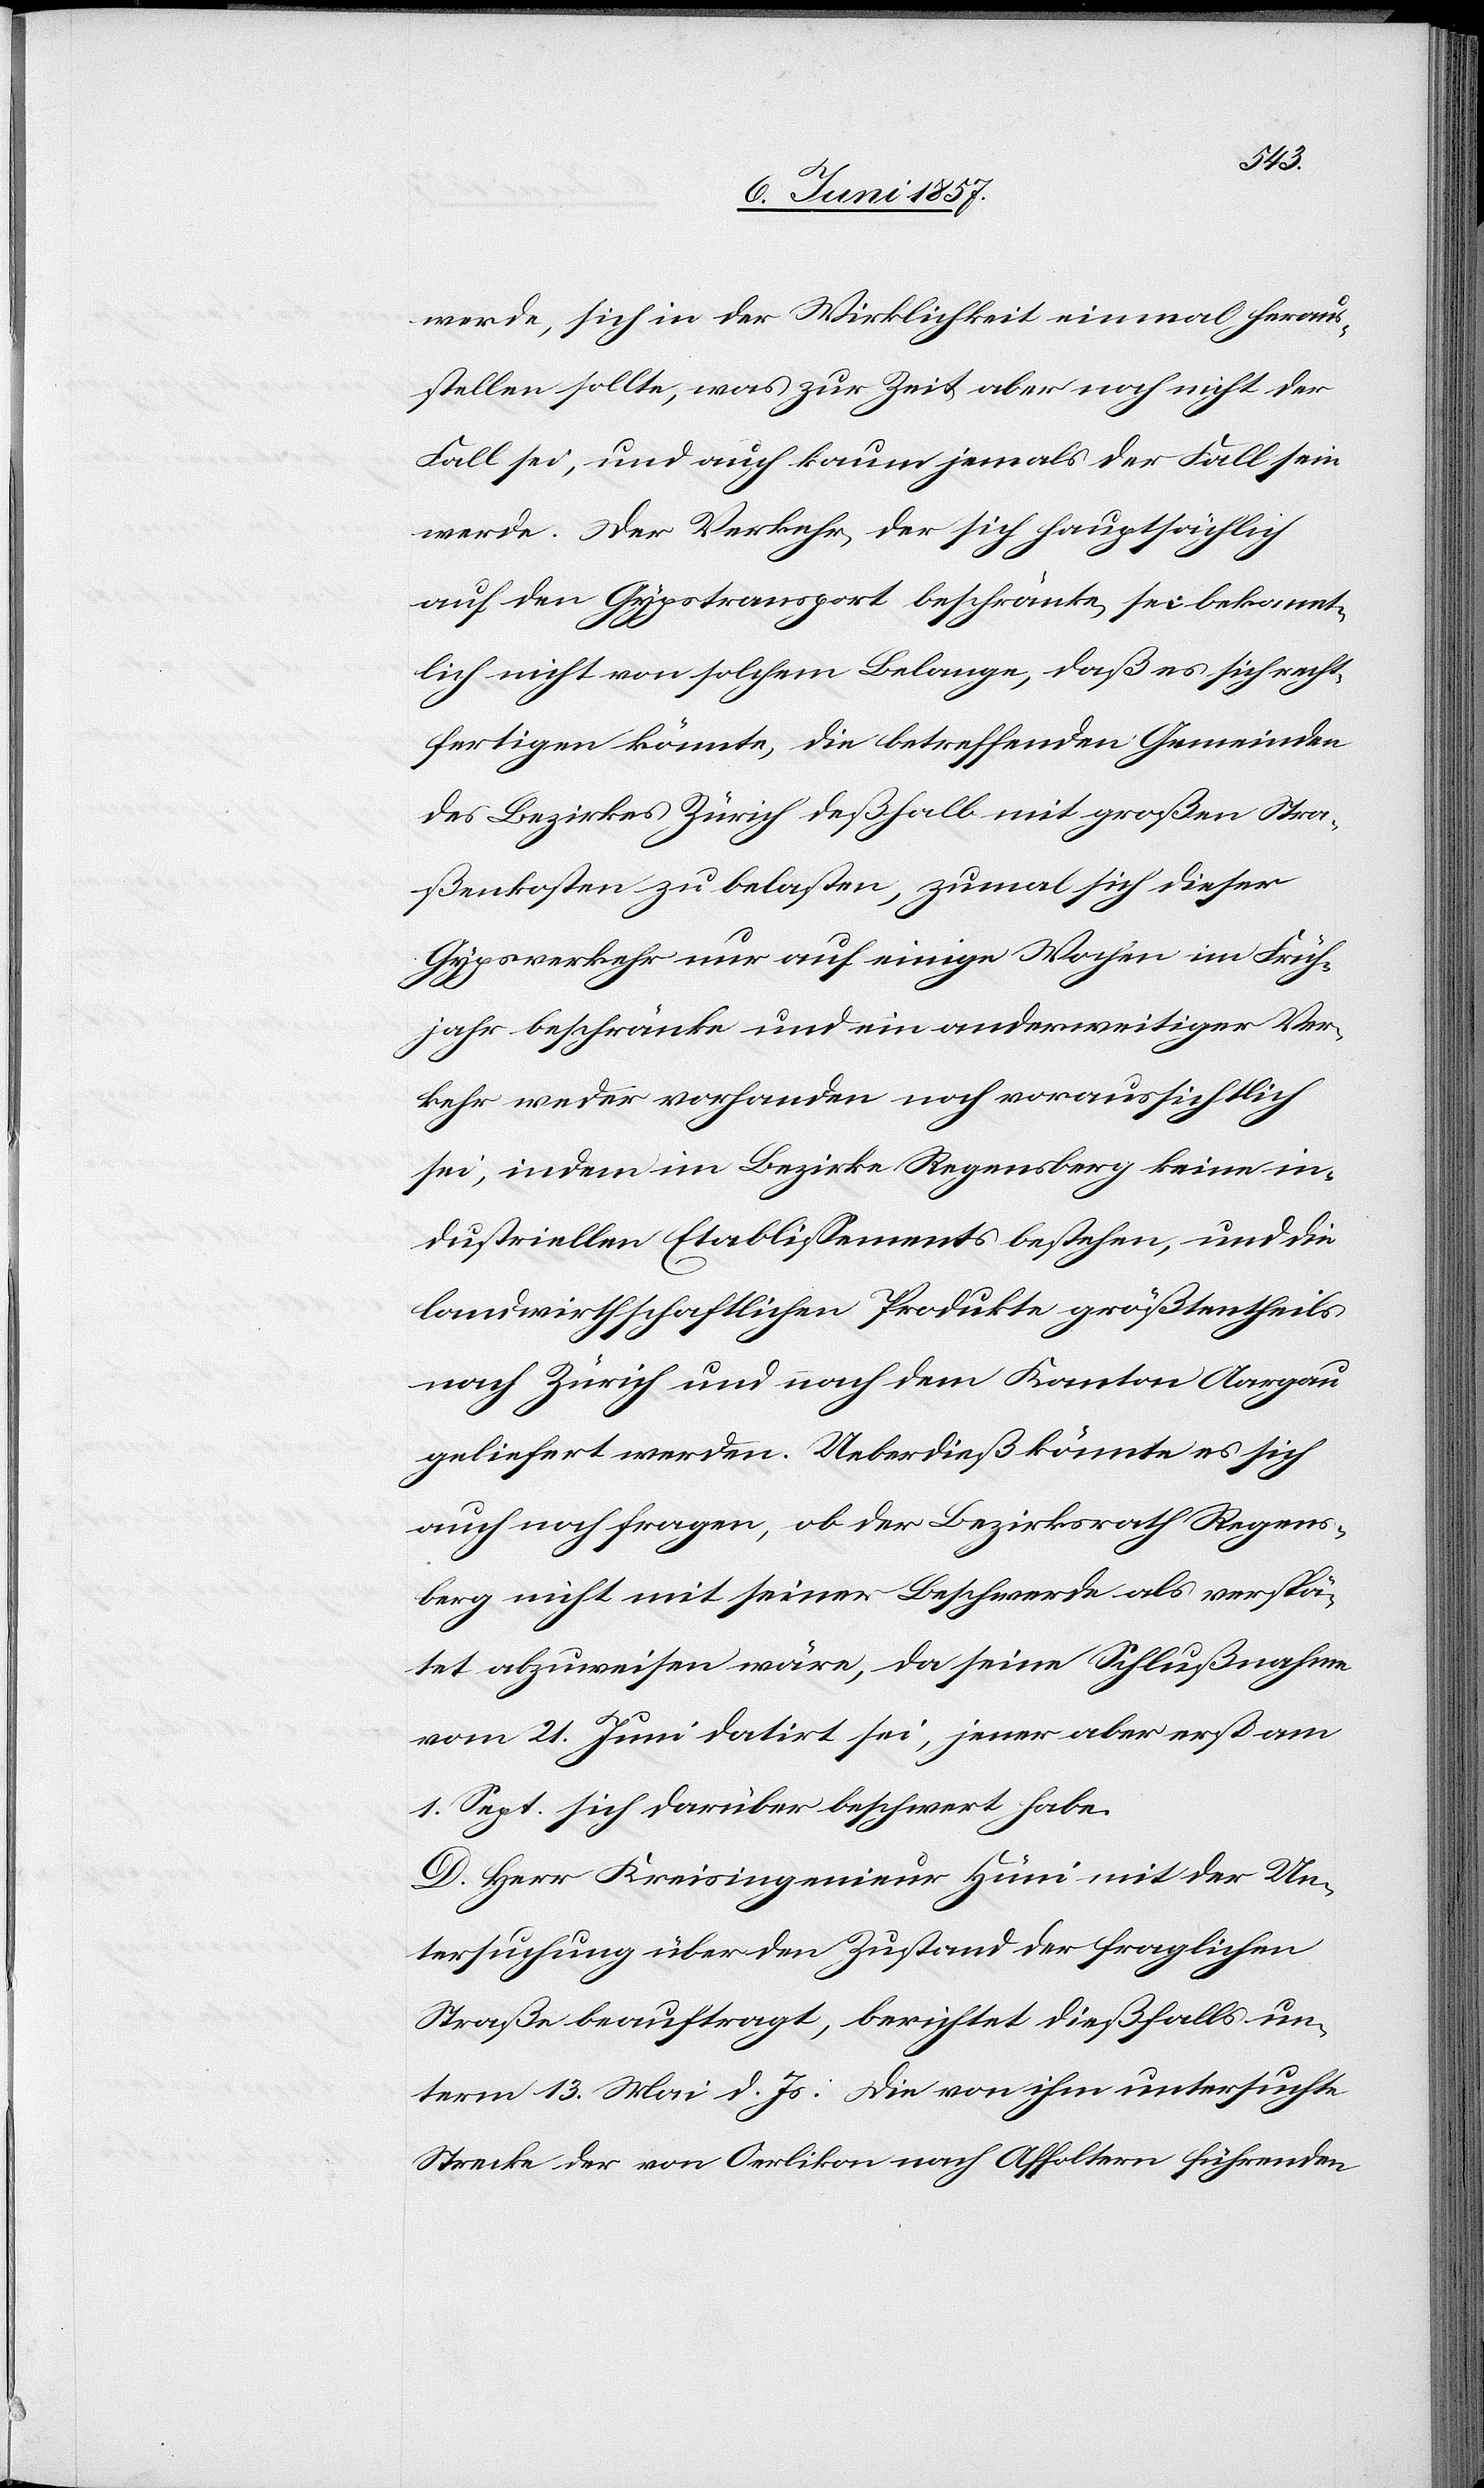
werde, sich in der Wirklichkeit einmal heraus¬
stellen sollte, was zur Zeit aber noch nicht der
Fall sei, und auch kaum jemals der Fall sein
werde. Der Verkehr, der sich hauptsächlich
auf den Gypstransport beschränke, sei bekannt¬
lich nicht von solchem Belange, daß es sich recht¬
fertigen könnte, die betreffenden Gemeinden
des Bezirkes Zürich deßhalb mit großen Stra¬
ßenkosten zu belasten, zumal sich dieser
Gypsverkehr nur auf einige Wochen im Früh¬
jahr beschränke und ein anderweitiger Ver¬
kehr weder vorhanden noch voraussichtlich
sei, indem im Bezirke Regensberg keine in¬
dustriellen Etablissements bestehen, und die
landwirthschaftlichen Produkte größtentheils
nach Zürich und nach dem Kanton Aargau
geliefert werden. Ueberdieß könnte es sich
auch fragen, ob der Bezirksrath Regens¬
berg nicht mit seiner Beschwerde als verspä¬
tet abzuweisen wäre, da seine Schlußnahme
vom 21 Juni datirt sei, jener aber erst am
1 Sept. sich darüber beschwert habe.
D. Herr Kreisingenieur Hüni mit der Un¬
tersuchung über den Zustand der fraglichen
Straße beauftragt, berichtet dießfalls un¬
term 13 Mai d. Js.: Die von ihm untersuchte
Strecke der von Oerlikon nach Affoltern führenden